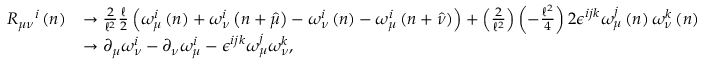
\begin{array} { r l } { R _ { \mu \nu } ^ { \quad i } \left( n \right) } & { \rightarrow \frac { 2 } { \mathcal { \ell } ^ { 2 } } \frac { \mathcal { \ell } } { 2 } \left( \omega _ { \mu } ^ { i } \left( n \right) + \omega _ { \nu } ^ { i } \left( n + \widehat { \mu } \right) - \omega _ { \nu } ^ { i } \left( n \right) - \omega _ { \mu } ^ { i } \left( n + \widehat { \nu } \right) \right) + \left( \frac { 2 } { \mathcal { \ell } ^ { 2 } } \right) \left( - \frac { \mathcal { \ell } ^ { 2 } } { 4 } \right) 2 \epsilon ^ { i j k } \omega _ { \mu } ^ { j } \left( n \right) \omega _ { \nu } ^ { k } \left( n \right) } \\ & { \rightarrow \partial _ { \mu } \omega _ { \nu } ^ { i } - \partial _ { \nu } \omega _ { \mu } ^ { i } - \epsilon ^ { i j k } \omega _ { \mu } ^ { j } \omega _ { \nu } ^ { k } , } \end{array}